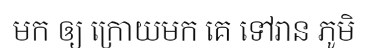
មក ឲ្យ ក្រោយមក គេ ទៅរាន ភូមិ